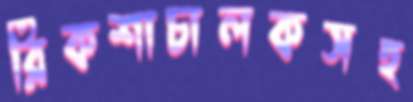
রিকশাচালকসহ